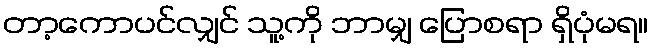
တာ့ကောပင်လျှင် သူ့ကို ဘာမျှ ပြောစရာ ရှိပုံမရ။